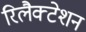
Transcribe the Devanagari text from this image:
रिलैक्टेशन